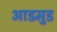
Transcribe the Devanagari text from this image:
आडमुड